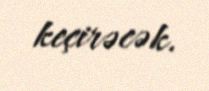
keçirəcək.